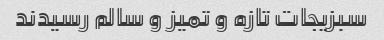
سبزیجات تازه و تمیز و سالم رسیدند